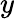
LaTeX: y